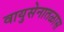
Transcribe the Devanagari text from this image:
वायुसेनातळास